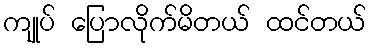
ကျုပ် ပြောလိုက်မိတယ် ထင်တယ်